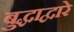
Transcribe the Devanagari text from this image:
बुद्धाद्वारे